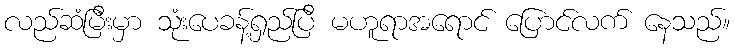
လည်ဆံမြီးမှာ သုံးပေခန့်ရှည်ပြီ မဟူရာအရောင် ပြောင်လက် နေသည်။